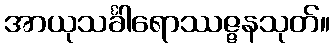
အာယုသင်္ခါရောဿဇ္ဇနသုတ်။